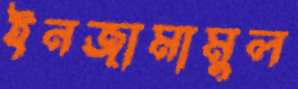
ইনজামামুল